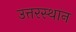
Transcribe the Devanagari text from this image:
उत्तरस्थान